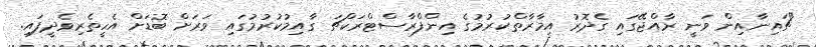
"ޗައިނާއިން ވަނީ ރާއްޖޭގައި ގެދޮރު އިމާރާތްކުރުމުގެ އިންފްރާސްޓްރަކްޗަ ގާއިމުކުުރުމުގައި ވަރަށް ބޮޑަށް އެހީތެރިވެދީފައި.